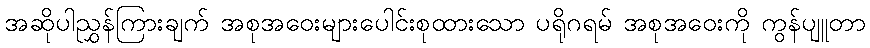
အဆိုပါညွှန်ကြားချက် အစုအဝေးများပေါင်းစုထားသော ပရိုဂရမ် အစုအဝေးကို ကွန်ပျူတာ